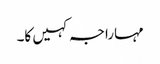
مہاراجہ کہیں کا۔